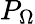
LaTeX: P_{\Omega}